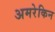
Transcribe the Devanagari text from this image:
अमरेकिन